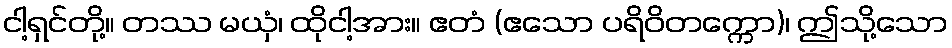
ငါ့ရှင်တို့။ တဿ မယှံ၊ ထိုငါ့အား။ ဧတံ (ဧသော ပရိဝိတက္ကော)၊ ဤသို့သော